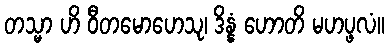
တသ္မာ ဟိ ဝီတမောဟေသု၊ ဒိန္နံ ဟောတိ မဟပ္ဖလံ။